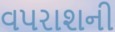
વપરાશની